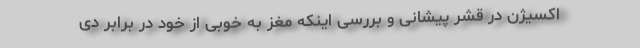
اکسیژن در قشر پیشانی و بررسی اینکه مغز به خوبی از خود در برابر دی